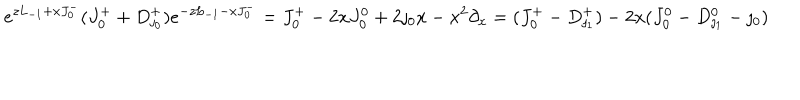
LaTeX: e ^ { z L _ { - 1 } + x J _ { 0 } ^ { - } } ( J _ { 0 } ^ { + } + D _ { \jmath _ { 0 } } ^ { + } ) e ^ { - z L _ { - 1 } - x J _ { 0 } ^ { - } } = J _ { 0 } ^ { + } - 2 x J _ { 0 } ^ { 0 } + 2 \jmath _ { 0 } x - x ^ { 2 } \partial _ { x } = ( J _ { 0 } ^ { + } - D _ { \jmath _ { 1 } } ^ { + } ) - 2 x ( J _ { 0 } ^ { 0 } - D _ { \jmath _ { 1 } } ^ { 0 } - \jmath _ { 0 } )